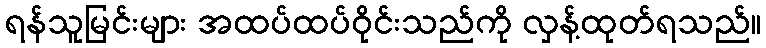
ရန်သူမြင်းများ အထပ်ထပ်ဝိုင်းသည်ကို လှန့်ထုတ်ရသည်။